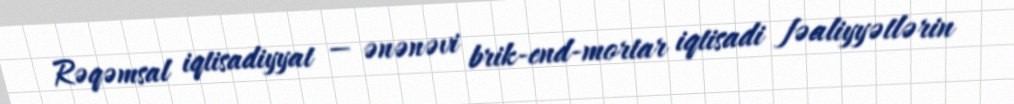
Rəqəmsal iqtisadiyyat — ənənəvi brik-end-mortar iqtisadi fəaliyyətlərin